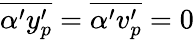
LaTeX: \overline{{\alpha^{\prime}y_{p}^{\prime}}}=\overline{{\alpha^{\prime}v_{p}^{\prime}}}=0